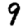
Digit: 9